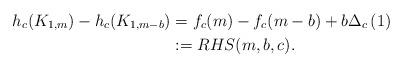
LaTeX: \begin{align*} h_c(K_{1,m})-h_c(K_{1,m-b}) &= f_c(m)-f_c(m-b)+b \Delta_c\left(1\right)\\ &:=RHS(m,b,c).\end{align*}